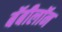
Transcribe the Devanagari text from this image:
बॅबीलॉन